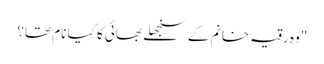
"وہ رقیہ خانم کے سنجھلے بھائی کا کیا نام تھا؟